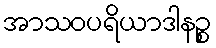
အာသဝပရိယာဒါနဉ္စ